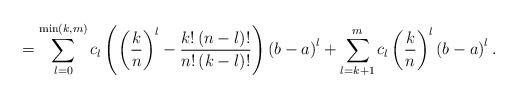
LaTeX: \begin{align*}=\sum_{l=0}^{\min \left( k,m\right) }c_{l} \left( \left( \frac{k}{n}\right)^{l} - \frac{k!\left( n-l\right) !}{ n! \left( k-l\right) ! }\right) \left(b-a\right)^{l}+\sum_{l=k + 1}^{m} c_{l}\left(\frac{k}{n}\right) ^{l} \left(b-a\right)^{l}.\end{align*}